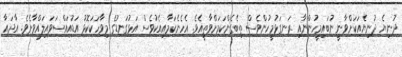
ދުނިޔެ ދުނިޔެއަކަށްވާނީ ނުބައިމީހުންނާއި ރަނގަޅުމީހުންވެސް ތިބެގެންކަމަށްވާތީއެވެ. އެހެނެކަމާއިއެކުވެސް އަޅުގަނޑުގެ މިވާހަކަކޮޅު އަޑުއައްސަވައިލައްވާށެވެ. އާދައާ